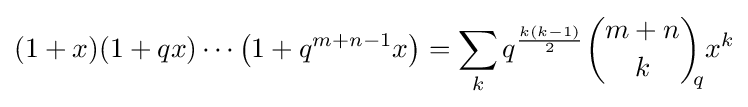
(1+x)(1+qx)\cdots \left(1+q^{m+n-1}x\right)=\sum _{k}q^{\frac {k(k-1)}{2}}{\binom {m+n}{k}}_{\!\!q}x^{k}